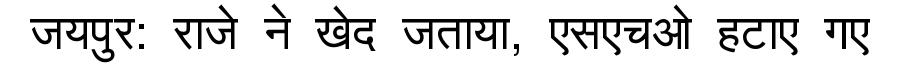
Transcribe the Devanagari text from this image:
जयपुर: राजे ने खेद जताया, एसएचओ हटाए गए